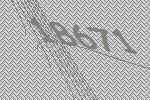
18671